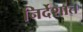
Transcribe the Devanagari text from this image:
निर्देशात